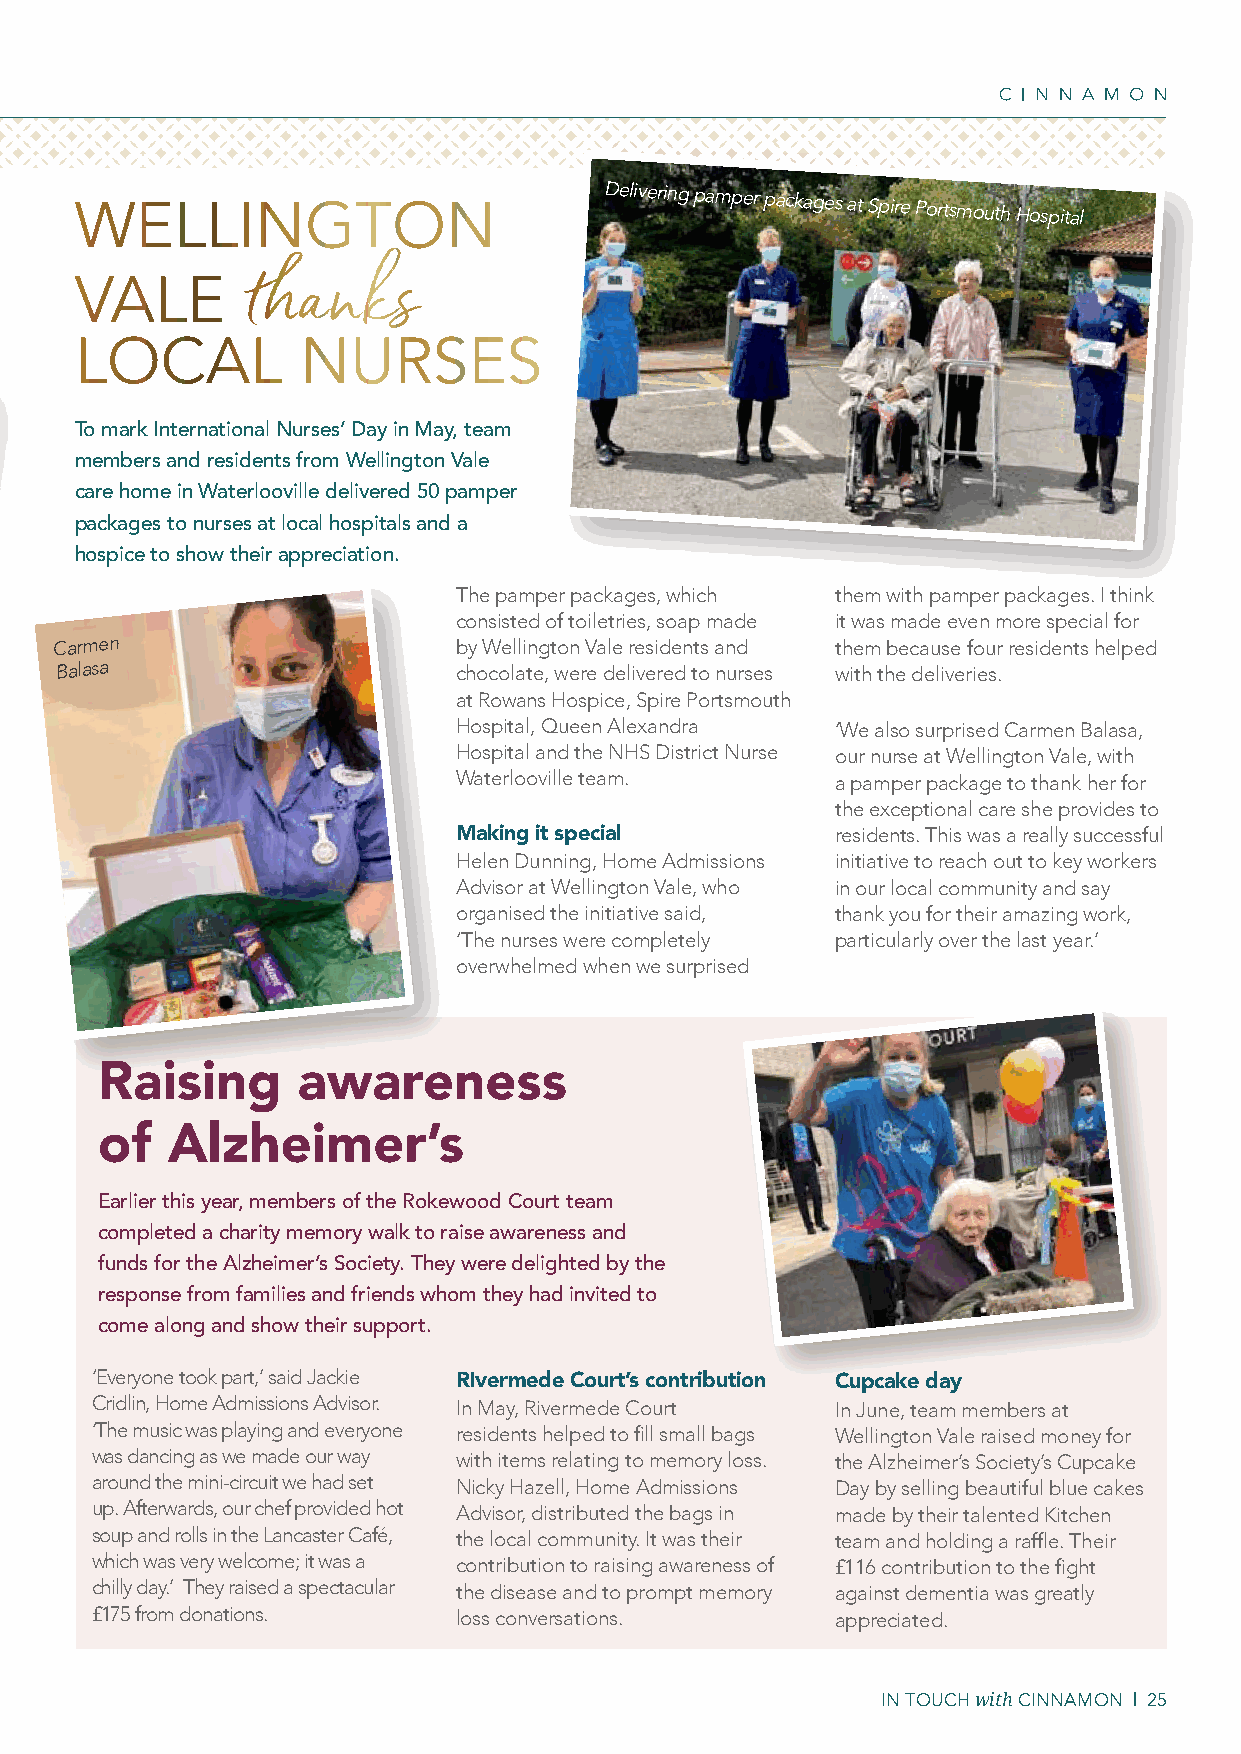
WELLINGTON                         Delivering pamper packages at Spire Portsmouth Hospital
 VALE
 thanks
 LOCAL          NURSES
 To mark International Nurses’ Day in May, team
 members and residents from Wellington Vale
 care home in Waterlooville delivered 50 pamper
 packages to nurses at local hospitals and a
 hospice to show their appreciation.
 The pamper packages, which them with pamper packages. I think
 consisted of toiletries, soap made it was made even more special for
 Carmen                    by Wellington Vale residents and them because four residents helped
 Balasa
 chocolate, were delivered to nurses with the deliveries.
 at Rowans Hospice, Spire Portsmouth
 Hospital, Queen Alexandra ‘We also surprised Carmen Balasa,
 Hospital and the NHS District Nurse our nurse at Wellington Vale, with
 Waterlooville team.      a pamper package to thank her for
 the exceptional care she provides to
 Making it special        residents. This was a really successful
 Helen Dunning, Home Admissions initiative to reach out to key workers
 Advisor at Wellington Vale, who in our local community and say
 organised the initiative said, thank you for their amazing work,
 ‘The nurses were completely particularly over the last year.’
 overwhelmed when we surprised
 Raising       awareness
 of   Alzheimer’s
 Earlier this year, members of the Rokewood Court team
 completed a charity memory walk to raise awareness and
 funds for the Alzheimer’s Society. They were delighted by the
 response from families and friends whom they had invited to
 come along and show their support.
 ‘Everyone took part,’ said Jackie RIvermede Court’s contribution Cupcake day
 Cridlin, Home Admissions Advisor. In May, Rivermede Court In June, team members at
 ‘The music was playing and everyone residents helped to fill small bags Wellington Vale raised money for
 was dancing as we made our way with items relating to memory loss. the Alzheimer’s Society’s Cupcake
 around the mini-circuit we had set Nicky Hazell, Home Admissions Day by selling beautiful blue cakes
 up. Afterwards, our chef provided hot Advisor, distributed the bags in made by their talented Kitchen
 soup and rolls in the Lancaster Café, the local community. It was their team and holding a raffle. Their
 which was very welcome; it was a contribution to raising awareness of £116 contribution to the fight
 chilly day.’ They raised a spectacular the disease and to prompt memory against dementia was greatly
 £175 from donations.    loss conversations.      appreciated.
 IN TOUCH with CINNAMON | 25